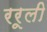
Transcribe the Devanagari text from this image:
ररूली